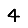
Digit: 4